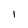
Character: I